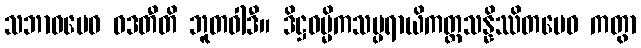
သဘာဝမေဝ ဝဒတီတိ ဘူတဝါဒီ။ ဒိဋ္ဌဓမ္မိကသမ္ပရာယိကတ္ထသန္နိဿိတမေဝ ကတွာ